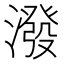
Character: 潑